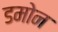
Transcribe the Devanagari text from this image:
डमोन